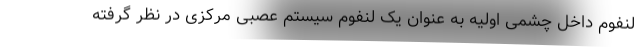
لنفوم داخل چشمی اولیه به عنوان یک لنفوم سیستم عصبی مرکزی در نظر گرفته